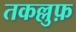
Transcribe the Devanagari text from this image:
तकल्लुफ़